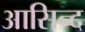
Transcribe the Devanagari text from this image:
आसिन्‍द